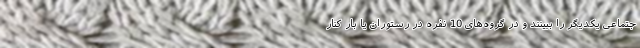
جتماعی یکدیگر را ببینند و در گروه‌های 10 نفره در رستوران یا بار کنار